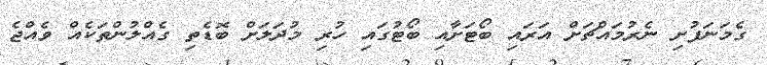
ގެމަނަފުށި ނެރުމައްޗަށް އަރައި ބޯޓަށާއި ބޯޓުގައި ހުރި މުދަލަށް ބޮޑެތި ގެއްލުންތަކެއް ވެއްޖެ